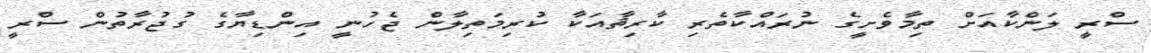
ސްރީ ލަންކާއަށް ތިމާވެށީގެ ނުރައްކާތެރި ކާރިޘާއަކާ ކުރިމަތިލާން ޖެހުނީ އިންޑިޔާގެ ގުޖުރާތުން ސްރީ